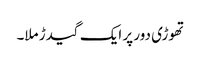
تھوڑی دور پر ایک گیدڑ ملا۔